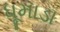
ધૂમાડા